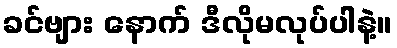
ခင်ဗျား နောက် ဒီလိုမလုပ်ပါနဲ့။